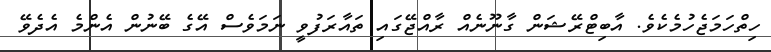
ހިތްހަމަޖެހުމެކެވެ. އާބިޓްރޭޝަން ގާނޫނެއް ރާއްޖޭގައި ތައާރަފުވީ ނަމަވެސް އޭގެ ބޭނުން އެންމެ އެދެވޭ